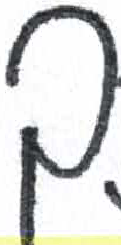
אות: ך